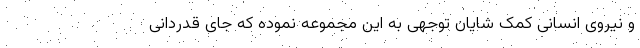
و نیروی انسانی کمک شایان توجهی به این مجموعه نموده که جای قدردانی